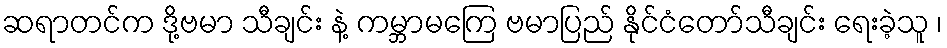
ဆရာတင်က ဒို့ဗမာ သီချင်း နဲ့ ကမ္ဘာမကြေ ဗမာပြည် နိုင်ငံတော်သီချင်း ရေးခဲ့သူ ၊